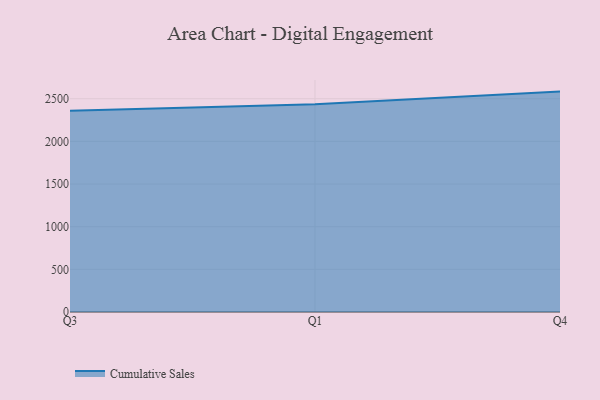
{"axis": {"x": "Quarter", "y": "Active Users"}, "legend": ["Cumulative Sales"], "data": [{"x": "Q3", "y": 2359.6, "type": "Cumulative Sales"}, {"x": "Q1", "y": 2436.3, "type": "Cumulative Sales"}, {"x": "Q4", "y": 2583.4, "type": "Cumulative Sales"}]}